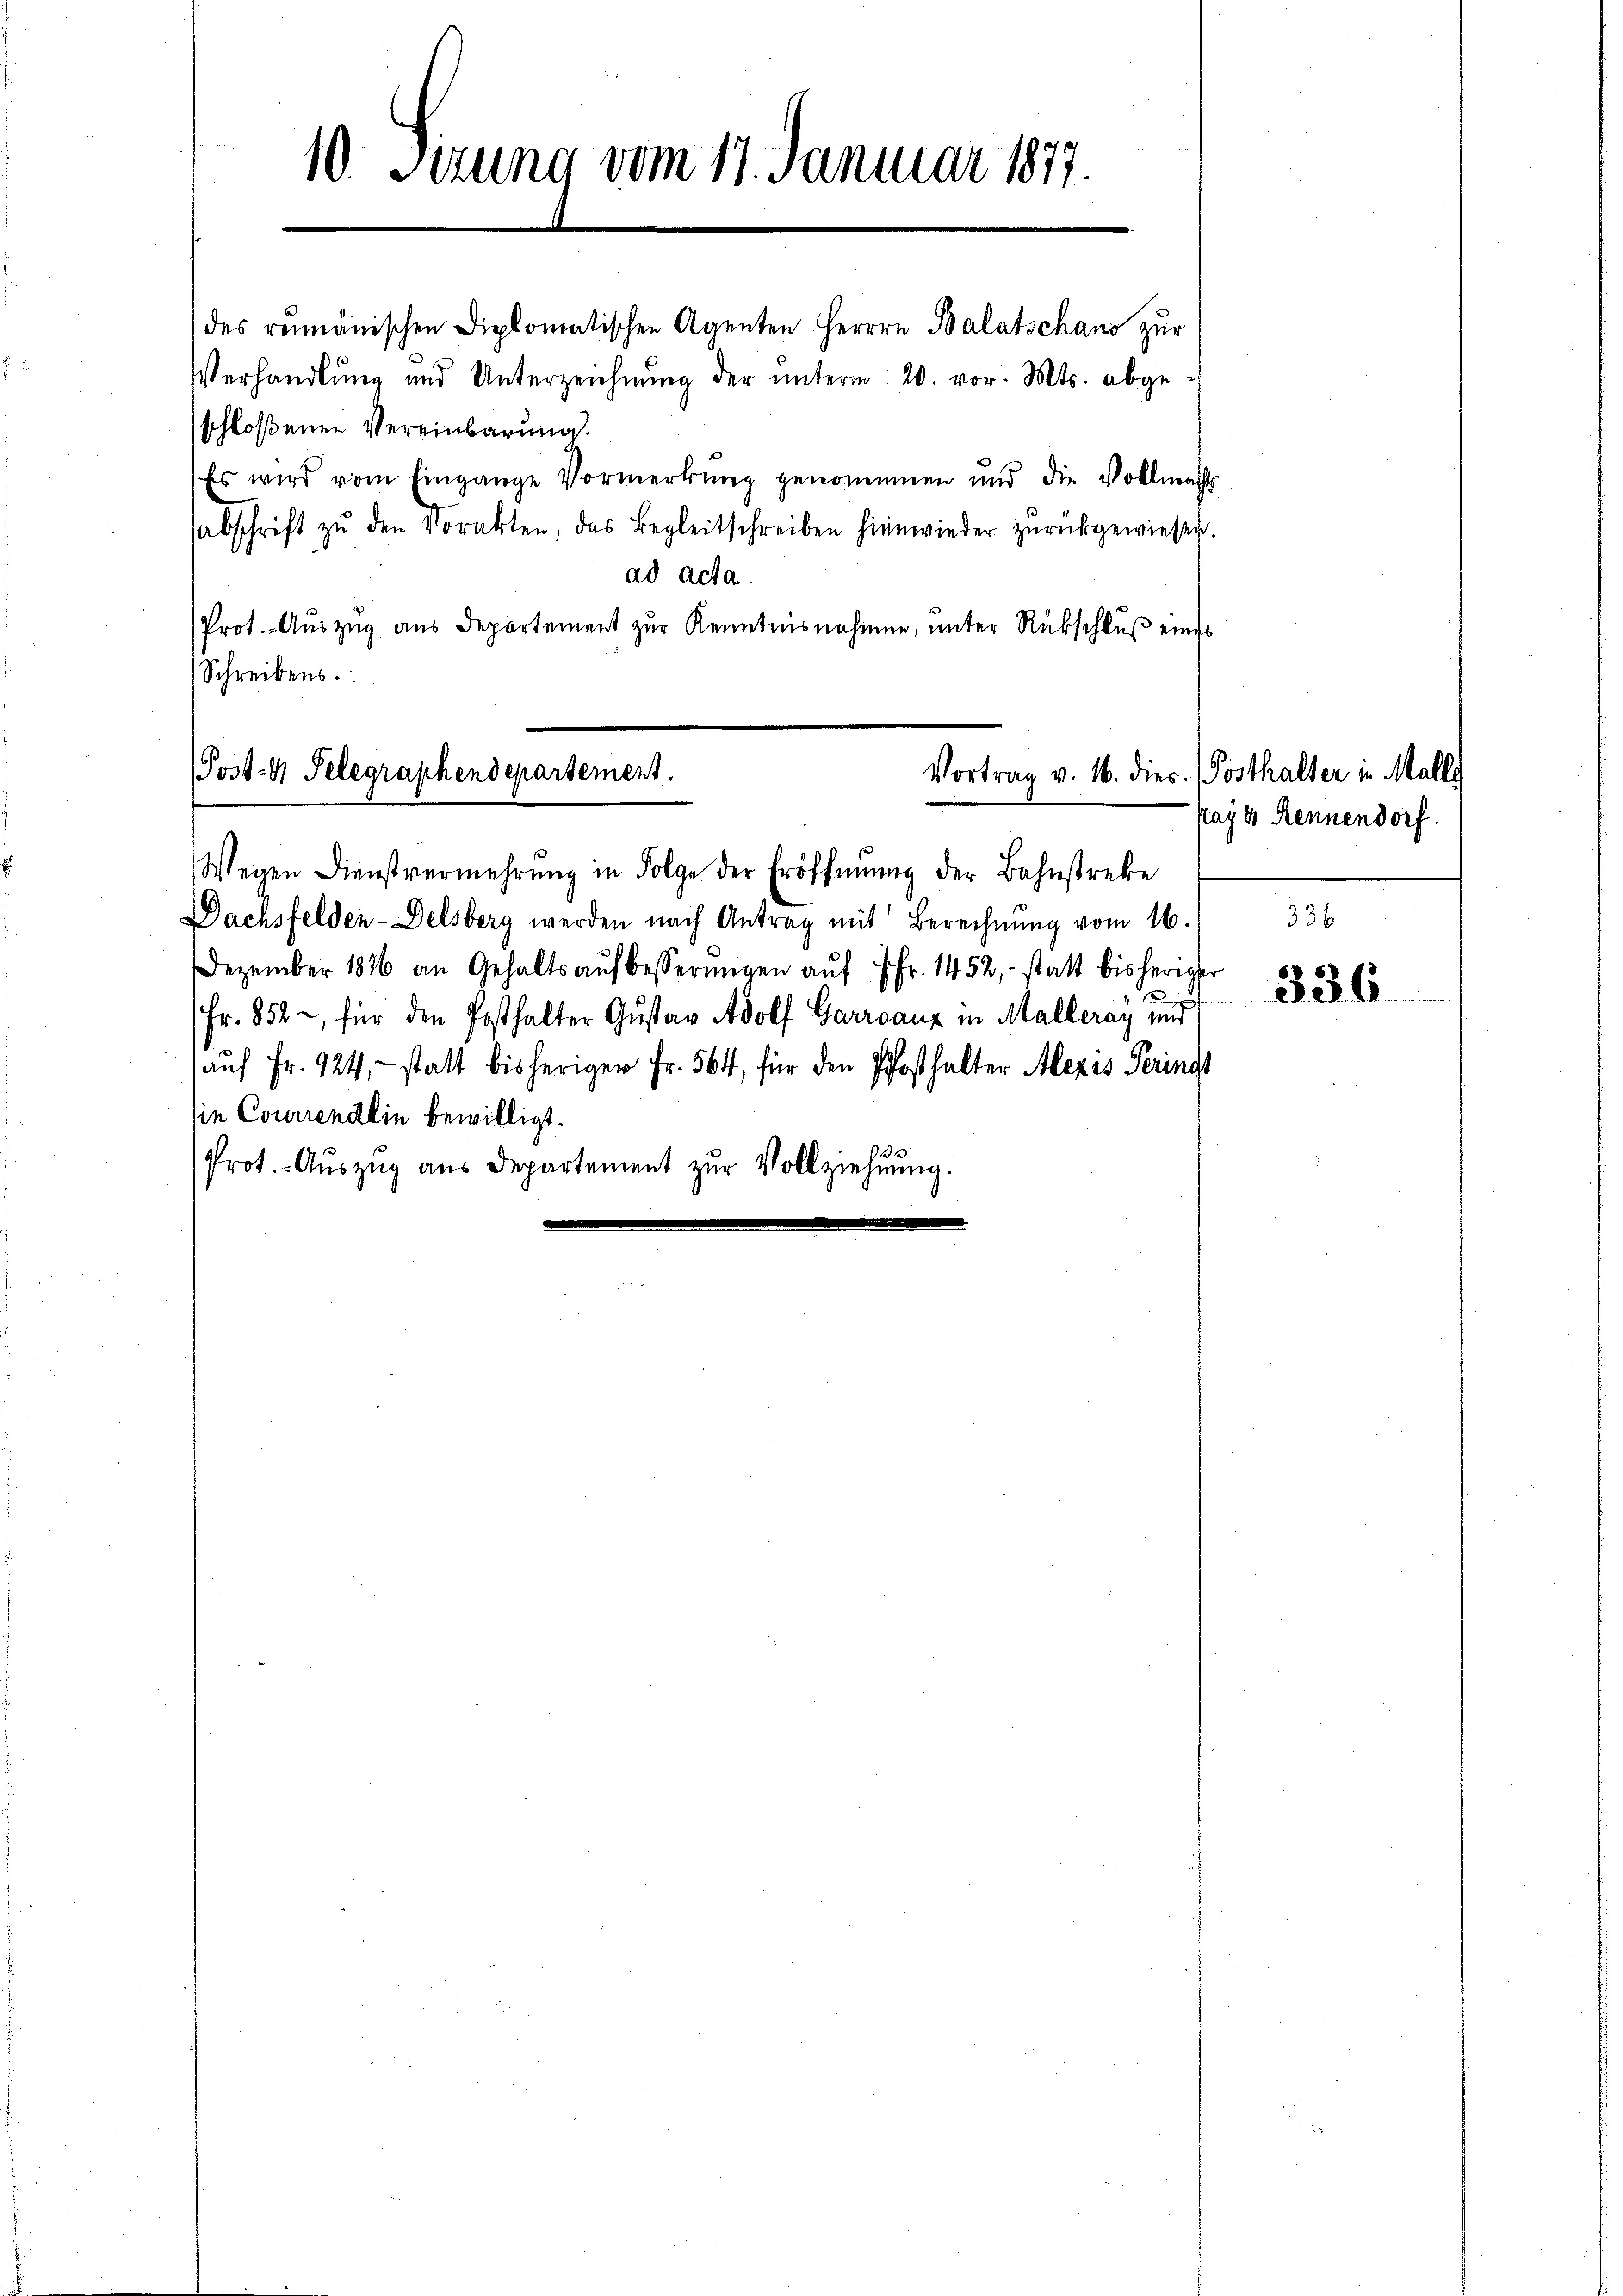
10. Sirung vom 17. Januar 1877.

des reimänischen Diplomatischen Agenten Herrn Balatschano zur
Verhandlung und Unterzeichnŭng der unterm 20. vor. Mts. abgeschloßenen Vereinbarung.
Es wird vom Eingange Vormerkŭng genommen und die Vollmacht
abschrift zŭ den Vorakten, das Begleitschreiben hierwieder zŭrückgewiesen.
ad acta
Prot. - Auszug aus Departement zur Kenntnisnahmen, unter Rückschluß einer
Schreibens.
Post-H Telegraphendepartement.
Vortrag v. 16. dies. (Posthalter in Malle

Wegen Dienstvermehrŭng in Folge der Eröffnŭng der Bahnstreke
Dachsfelden-Delsberg werden nach Antrag mit Berechnŭng vom 16.
Dezember 1876 an Gehaltsaŭfbesserŭngen aŭf fr. 1452, statt bisheriger
.
Fr. 852, für den Posthalter Gustav Adolf Garranz in Malleray und
aŭf Fr. 424, statt bisheriger Fr. 564, für den Pfosthalter Alexes Perinst
sie Couriendlin bewilligt.
Prot.- Aŭszŭg aŭs Departement zŭr Vollziehŭng.

kayes Rennendorf.

336

336.